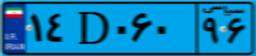
۱۴D۰۶۰۹۶